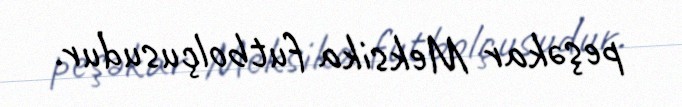
peşəkar Meksika futbolçusudur.